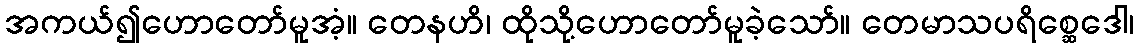
အကယ်၍ဟောတော်မူအံ့။ တေနဟိ၊ ထိုသို့ဟောတော်မူခဲ့သော်။ တေမာသပရိစ္ဆေဒေါ၊